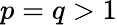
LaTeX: p=q>1